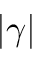
| \gamma |